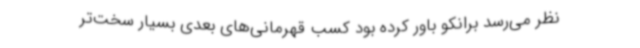
نظر می‌رسد برانکو باور کرده بود کسب قهرمانی‌های بعدی بسیار سخت‌تر